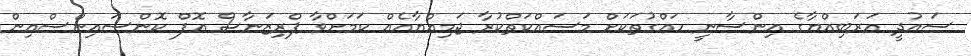
ސައުދީ އަރަބިއްޔާގެ އިންސާނީ ހައްގުތަކަށް މަސައްކަތްކުރާ ޖަމިއްޔާއެއް ކަމަށްވާ ޕްރިޒަނާސް އޮފް ކޮންސައިންސްއިން